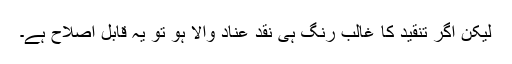
لیکن اگر تنقید کا غالب رنگ ہی نقد عناد والا ہو تو یہ قابل اصلاح ہے۔